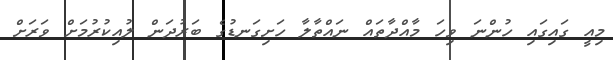
މިއީ ގައިގައި ހުންނަ ވިހަ މާއްދާތައް ނައްތާލާ ހަށިގަނޑުގެ ބަރުދަން ލުއިކުރުމަށް ވަރަށް